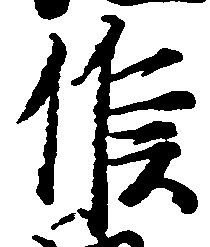
候